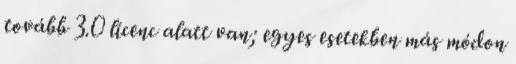
tovább 3.0 licenc alatt van; egyes esetekben más módon